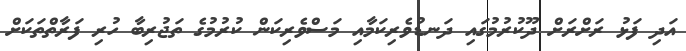
އަދި ފަޅު ރަށްރަށް ދޫކުރުމުގައި ދަނޑުވެރިކަމާއި މަސްވެރިކަން ކުރުމުގެ ތަޖުރިބާ ހުރި ފަރާތްތަކަށް